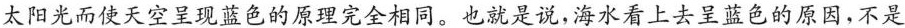
太阳光而使天空呈现蓝色的原理完全相同。也就是说，海水看上去呈蓝色的原因，不是